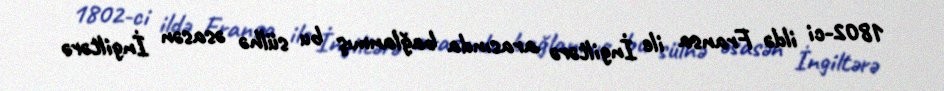
1802-ci ildə Fransa ile İngiltərə arasında bağlanmış bu sülhə əsasən İngiltərə